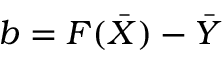
b = F ( \Bar { X } ) - \Bar { Y }